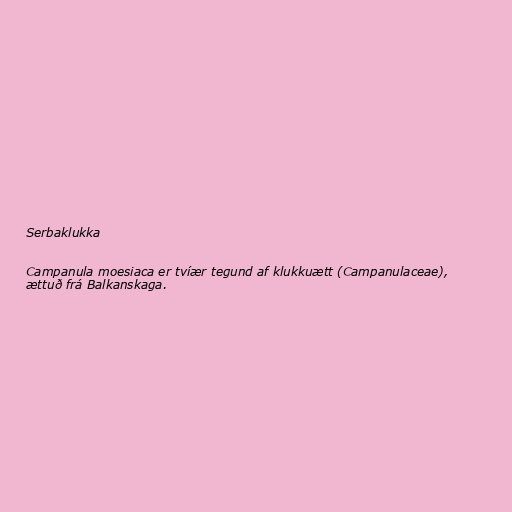
Serbaklukka

Campanula moesiaca er tvíær tegund af klukkuætt (Campanulaceae),
ættuð frá Balkanskaga.